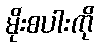
မိုးစပါးကို